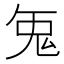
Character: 𭀥